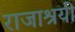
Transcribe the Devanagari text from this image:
राजाश्रयी